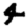
Digit: 4